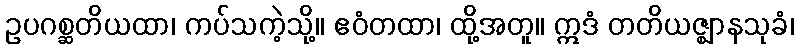
ဥပဂစ္ဆတိယထာ၊ ကပ်သကဲ့သို့။ ဧဝံတထာ၊ ထို့အတူ။ ဣဒံ တတိယဇ္ဈာနသုခံ၊